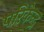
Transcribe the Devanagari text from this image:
परिकेन्द्र